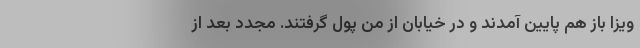
ویزا باز هم پایین آمدند و در خیابان از من پول گرفتند. مجدد بعد از